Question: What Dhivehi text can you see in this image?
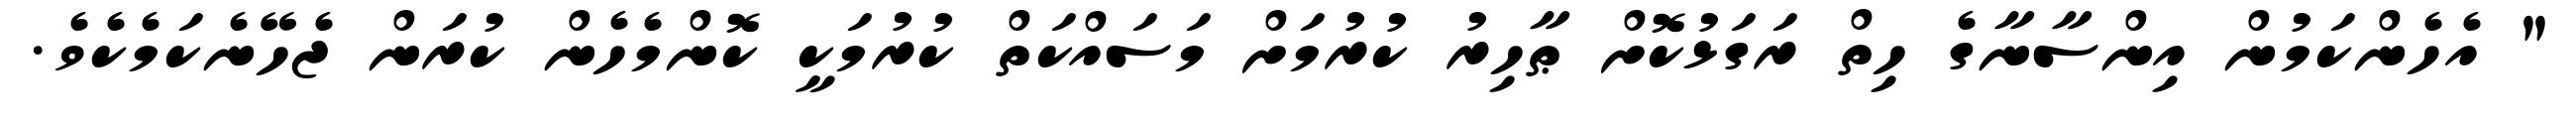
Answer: " އެހެންކަމުން އިންސާނާގެ ހިތް ރަގަޅުކޮށް ޠާހިރު ކުރުމަށް މަސައްކަތް ކުރުމަކީ ކޮންމެހެން ކުރަން ޖެހޭނެކަމެކެވެ.